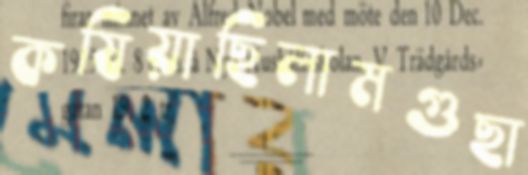
কষিয়াছিলামগুছা